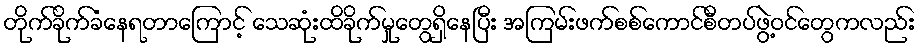
တိုက်ခိုက်ခံနေရတာကြောင့် သေဆုံးထိခိုက်မှုတွေရှိနေပြီး အကြမ်းဖက်စစ်ကောင်စီတပ်ဖွဲ့ဝင်တွေကလည်း